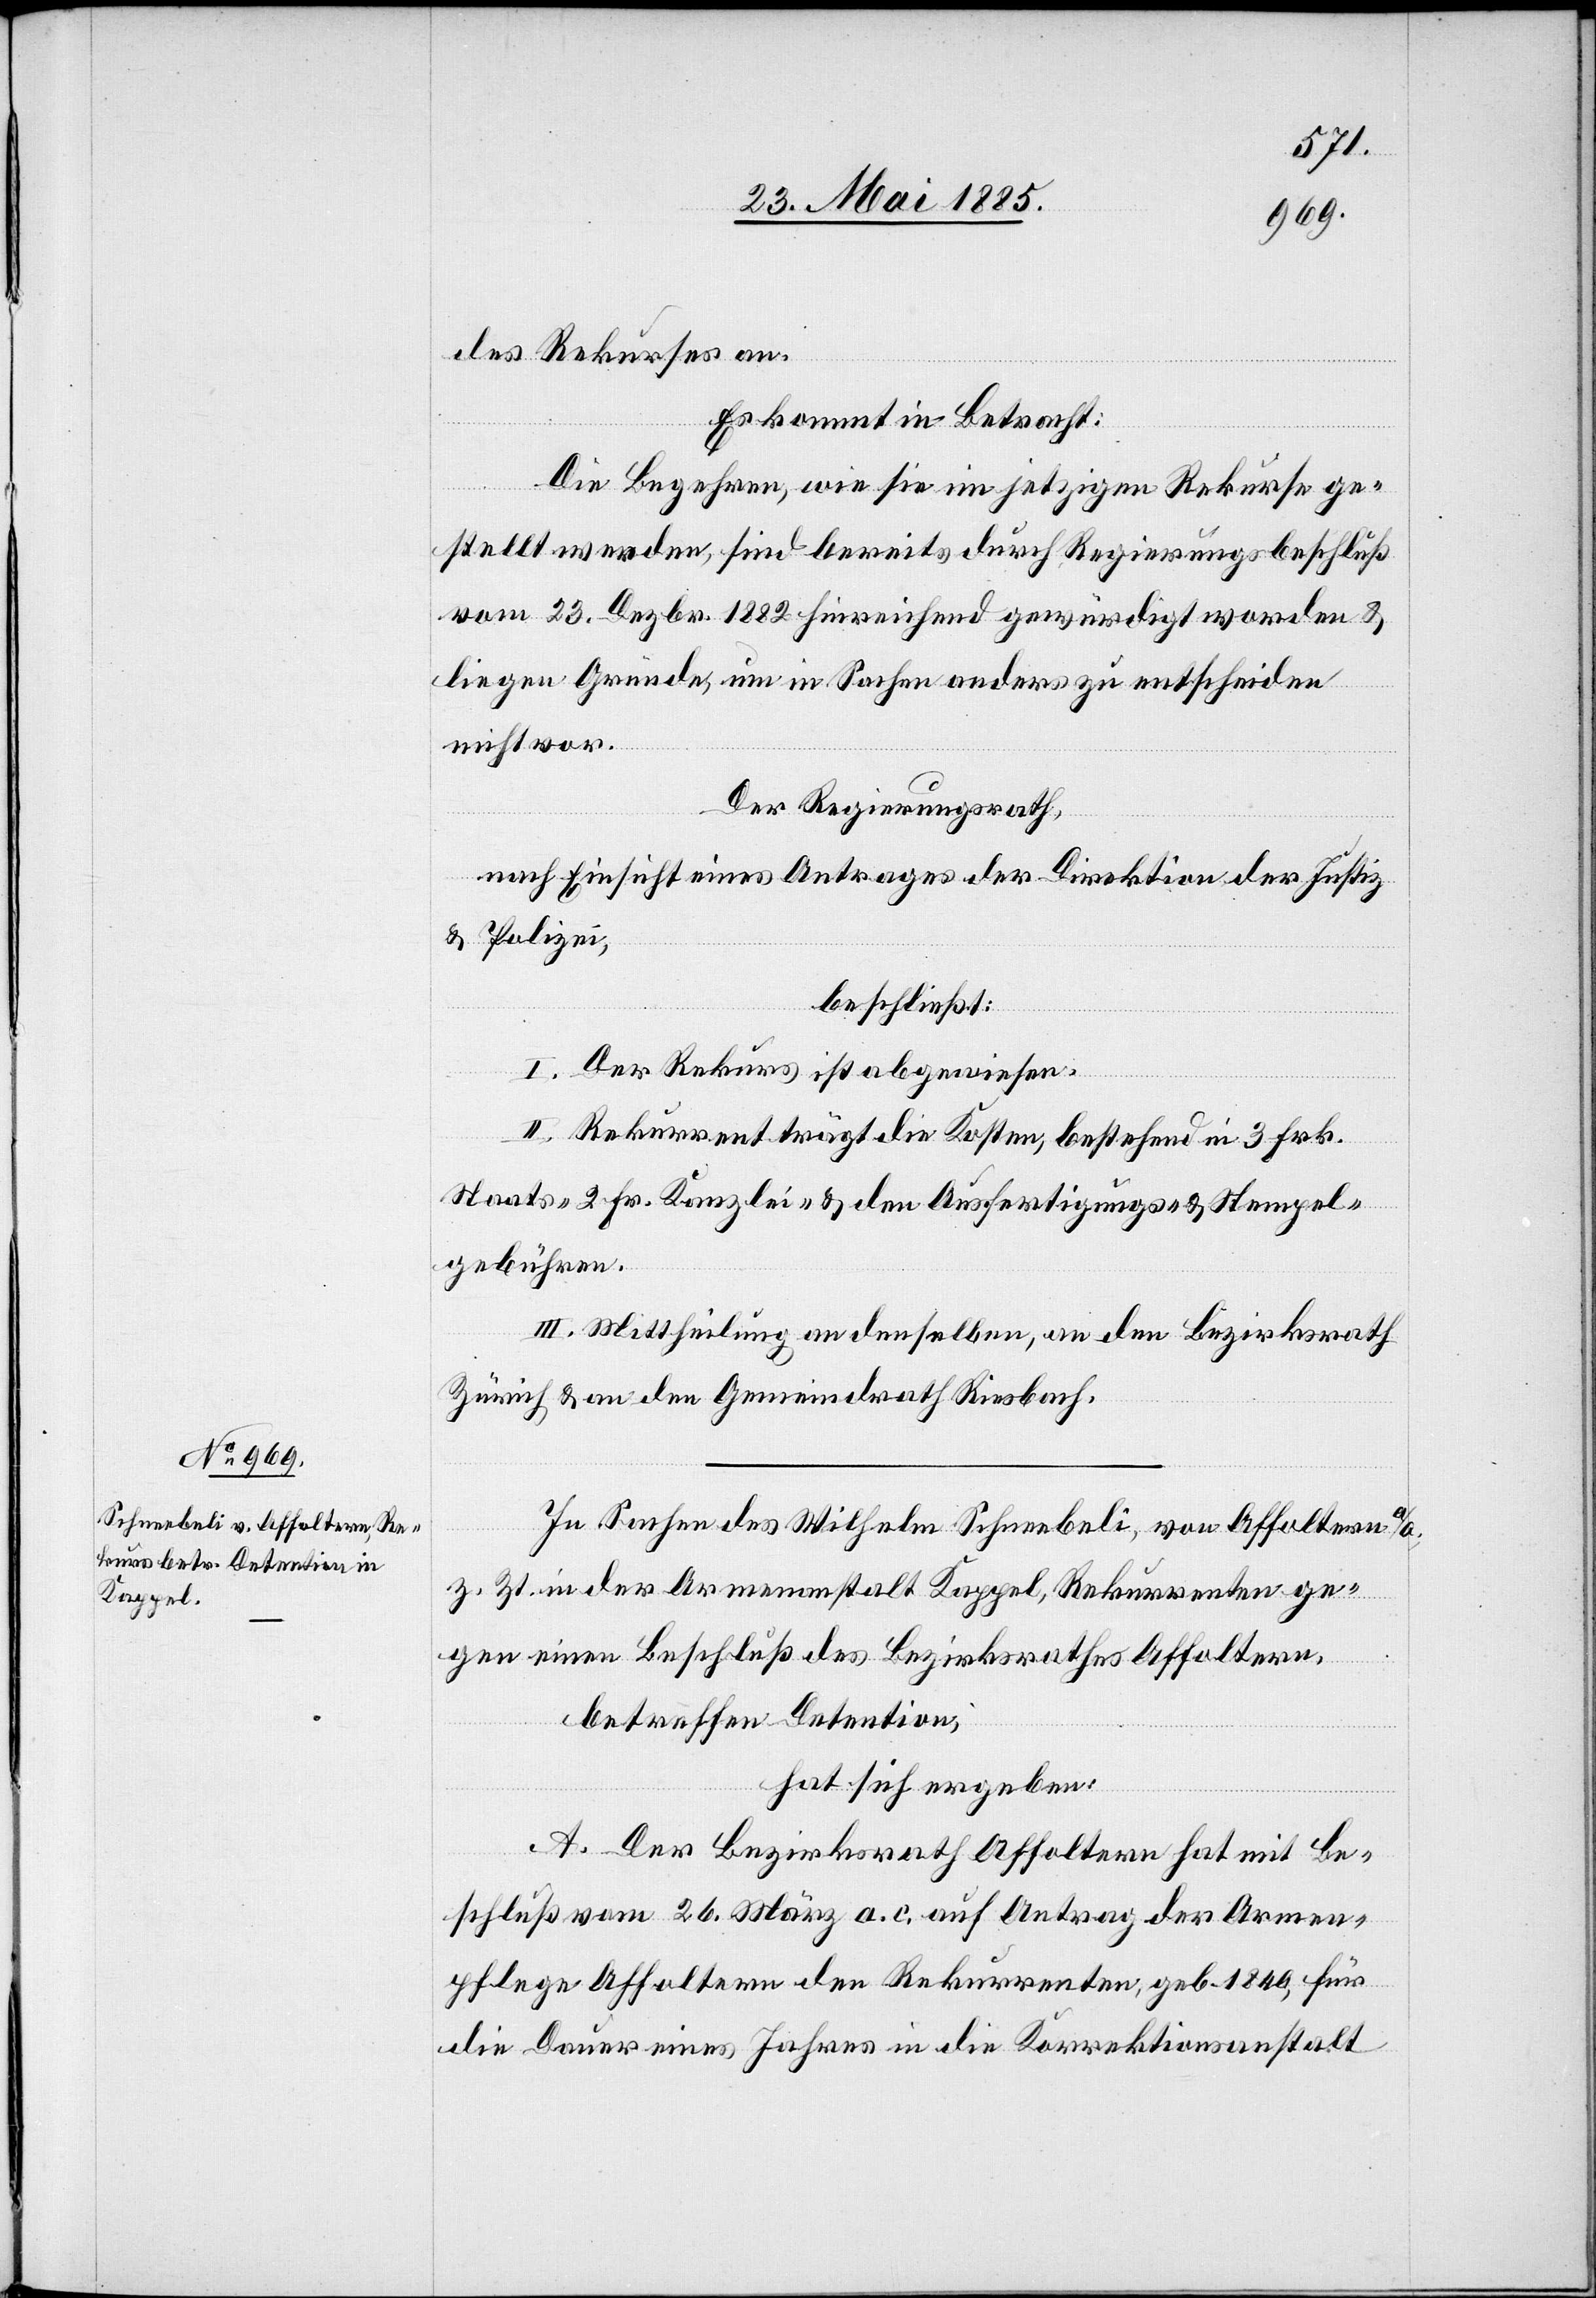
des Rekurses an.
Es kommt in Betracht:
Die Begehren, wie sie im jetzigen Rekurse ge¬
stellt werden, sind bereits durch Regierungsbeschluß
vom 23. Dezbr. 1882 hinreichend gewürdigt worden &
liegen Gründe, um in Sachen anders zu entscheiden
nicht vor.
Der Regierungsrath,
nach Einsicht eines Antrages der Direktion der Justiz
& Polizei,
beschließt:
I. Der Rekurs ist abgewiesen.
II. Rekurrent trägt die Kosten, bestehend in 3 Fr.
Staats-[,] 2 Fr. Kanzlei- & den Ausfertigungs- & Stempel¬
gebühren.
III. Mittheilung an denselben, an den Bezirksrath
Zürich & an den Gemeindrath Riesbach.
In Sachen des Wilhelm Schneebeli, von Affoltern a/A.,
z. Zt. in der Armenanstalt Kappel, Rekurrenten ge¬
gen einen Beschluß des Bezirksrathes Affoltern,
betreffen[d] Detention:
hat sich ergeben:
A. Der Bezirksrath Affoltern hat mit Be¬
schluß vom 26. März a. c auf Antrag der Armen¬
pflege Affoltern den Rekurrenten, geb. 1840, für
die Dauer eines Jahres in die Korrektionsanstalt